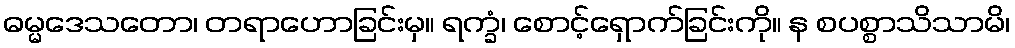
ဓမ္မဒေသတော၊ တရာဟောခြင်းမှ။ ရက္ခံ၊ စောင့်ရှောက်ခြင်းကို။ န စပစ္စာသိသာမိ၊